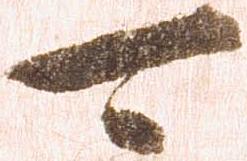
可